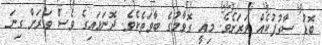
ބޮޑު ސާގުފުކެއް ވަރަށެވެ. މިއީ ގޮވާމުގެ ބާވަތެކެވެ. ދޮނަޅައިގެ ވެސް ވަރަށް ގިނަ